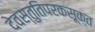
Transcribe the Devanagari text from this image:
देवस्तुतिपरकसूक्त